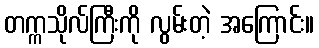
တက္ကသိုလ်ကြီးကို လွမ်းတဲ့ အကြောင်း။